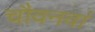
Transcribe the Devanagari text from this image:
चौवनवां